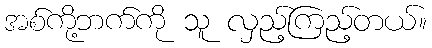
အစ်ကို့ဘက်ကို သူ လှည့်ကြည့်တယ်။